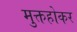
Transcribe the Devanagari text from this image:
मुक्तहोकर